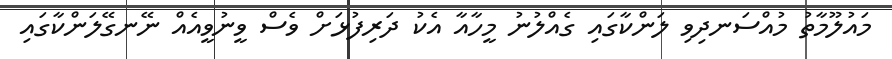
މައުލޫމާތު މުއްސަނދިވި ލަންކާގައި ގެއްލުނު މީހާއާ އެކު ދަރިފުޅަށް ވެސް ވީނުވީއެއް ނޭނގޭލަންކާގައި